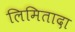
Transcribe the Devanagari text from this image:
लिमितादा